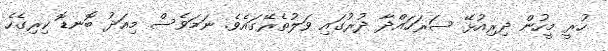
ހުރީ މީހުން ދިރިއުޅޭ ސަރަހައްދާ ދުރުގައި ވަލުތެރޭގައެވެ. ނަމަވެސް މިއަދު ބޮނޑޮ ކިރިގެހެ